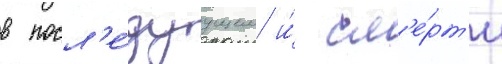
в посл'е́дуущем и́ см'е́рт'и